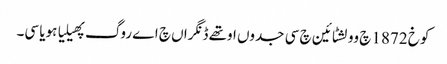
کوخ 1872 چ وولشٹائین چ سی جدوں اوتھے ڈنگراں چ اے روگ پھیلیا ہویا سی۔